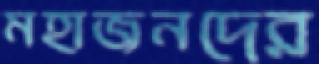
মহাজনদের